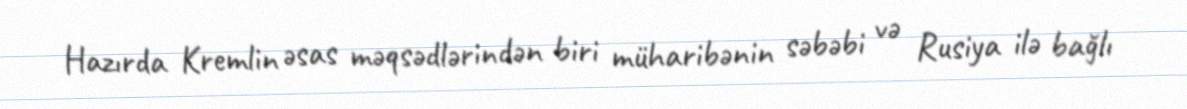
Hazırda Kremlin əsas məqsədlərindən biri müharibənin səbəbi və Rusiya ilə bağlı